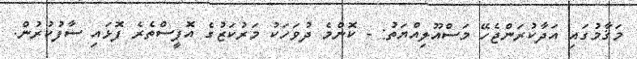
މަޤާމުގައި އަދާކުރަންޖެހޭ މަސްއޫލިއްޔަތު: - ކޮންމެ ދުވަހަކު މަރުކަޒުގެ އޮފީސްތެރެ ފޮޅައި ސާފުކުރުން.